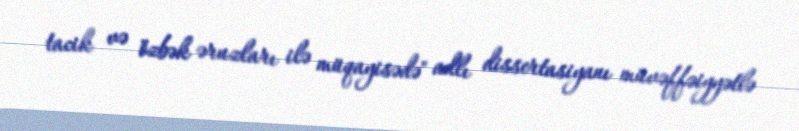
tacik və özbək əruzları ilə müqayisədə" adlı dissertasiyanı müvəffəiyyətlə